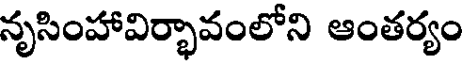
నృసింహావిర్భావంలోని ఆంతర్యం